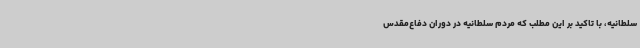
سلطانیه، با تاکید بر این مطلب که مردم سلطانیه در دوران دفاع‌مقدس